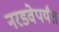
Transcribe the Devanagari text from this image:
नरडवेपर्यंत